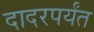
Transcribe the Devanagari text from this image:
दादरपर्यंत